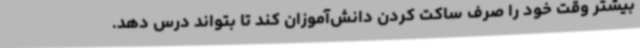
بیشتر وقت خود را صرف ساکت کردن دانش‌آموزان کند تا بتواند درس دهد.